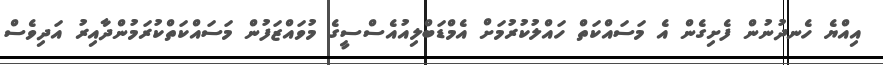
އިިއްޔެ ހެނދުނުން ފެށިގެން އެ މަސައްކަތް ހައްލުކުރުމަށް އެމްޑަބްލިއުއެސްސީގެ މުވައްޒަފުން މަސައްކަތްކުރަމުންދާއިރު އަދިވެސް